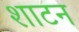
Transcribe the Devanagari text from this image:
शाटन